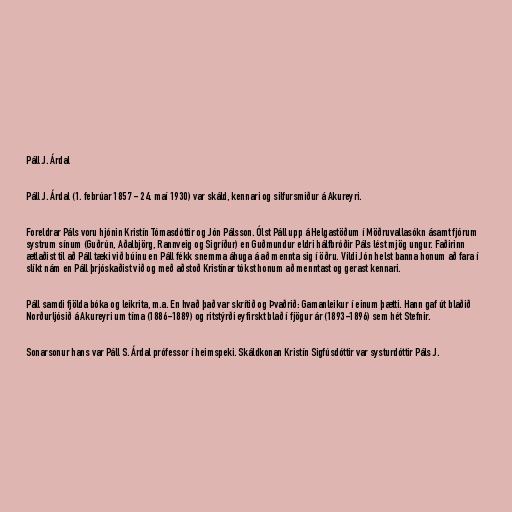
Páll J. Árdal

Páll J. Árdal (1. febrúar 1857 - 24. maí 1930) var skáld, kennari og silfursmiður á Akureyri.

Foreldrar Páls voru hjónin Kristín Tómasdóttir og Jón Pálsson. Ólst Páll upp á Helgastöðum í Möðruvallasókn ásamt fjórum
systrum sínum (Guðrún, Aðalbjörg, Rannveig og Sigríður) en Guðmundur eldri hálfbróðir Páls lést mjög ungur. Faðirinn
ætlaðist til að Páll tæki við búinu en Páll fékk snemma áhuga á að mennta sig í öðru. Vildi Jón helst banna honum að fara í
slíkt nám en Páll þrjóskaðist við og með aðstoð Kristínar tókst honum að menntast og gerast kennari.

Páll samdi fjölda bóka og leikrita, m.a. En hvað það var skrítið og Þvaðrið: Gamanleikur í einum þætti. Hann gaf út blaðið
Norðurljósið á Akureyri um tíma (1886-1889) og ritstýrði eyfirskt blað í fjögur ár (1893-1896) sem hét Stefnir.

Sonarsonur hans var Páll S. Árdal prófessor í heimspeki. Skáldkonan Kristín Sigfúsdóttir var systurdóttir Páls J.